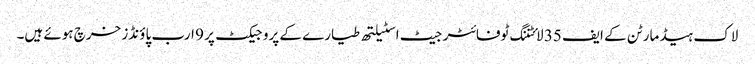
لاک ہیڈ مارٹن کے ایف 35 لائٹننگ ٹوفائٹر جیٹ اسٹیلتھ طیارے کے پروجیکٹ پر 9 ارب پاؤنڈز خرچ ہوئے ہیں۔